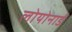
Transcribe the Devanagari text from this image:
लोयोनार्ड